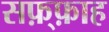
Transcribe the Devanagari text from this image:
सफ़्फ़ाह